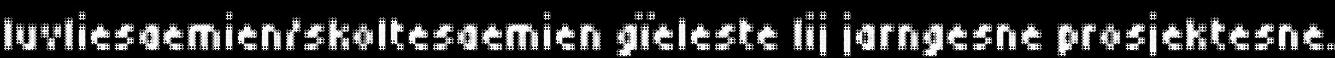
luvliesaemien/skoltesaemien gïeleste lij jarngesne prosjektesne.